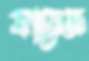
ফায়েজ